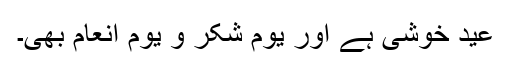
عید خوشی ہے اور یومِ شکر و یومِ انعام بھی۔